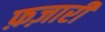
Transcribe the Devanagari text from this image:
फ़ज़ारी